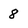
Character: 8